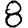
Digit: 8